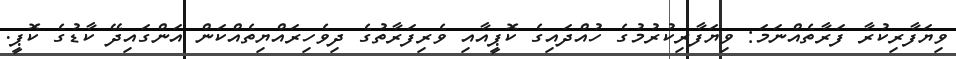
ވިޔަފާރިކުރާ ފަރާތެއްނަމަ: ވިޔަފާރިކުރުމުގެ ހުއްދައިގެ ކޮޕީއާއި ވެރިފަރާތުގެ ދިވެހިރައްޔިތެއްކަން އަންގައިދޭ ކާޑުގެ ކޮޕީ.